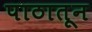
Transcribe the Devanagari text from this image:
पाठातून